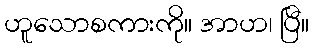
ဟူသောစကားကို။ အာဟ၊ ပြီ။